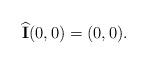
LaTeX: \begin{align*}\widehat{\mathbf{I}}(0,0) = (0,0).\end{align*}